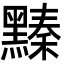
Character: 𪒆